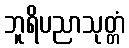
ဘူရိပညာသုတ္တံ